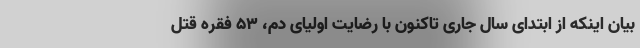
بیان اینکه از ابتدای سال جاری تاکنون با رضایت اولیای دم، ۵۳ فقره قتل